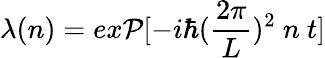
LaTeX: \lambda(n)=ex\mathcal{P}[-i\hbar({\frac{{2\pi}}{{L}}})^{2}~n~t]